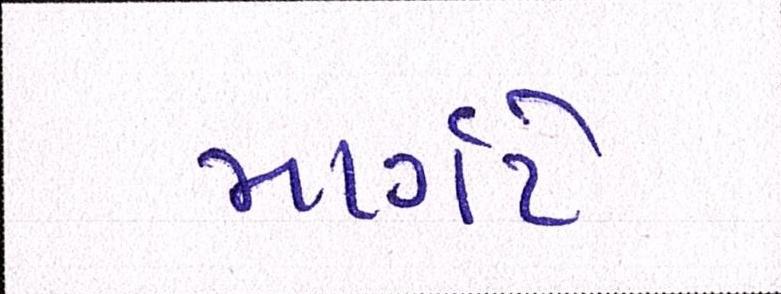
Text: માર્ગેટે